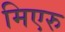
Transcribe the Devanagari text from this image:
मिएरु